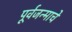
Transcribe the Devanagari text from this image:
पूर्वजन्माचें